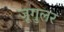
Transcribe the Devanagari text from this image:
जूगुलर